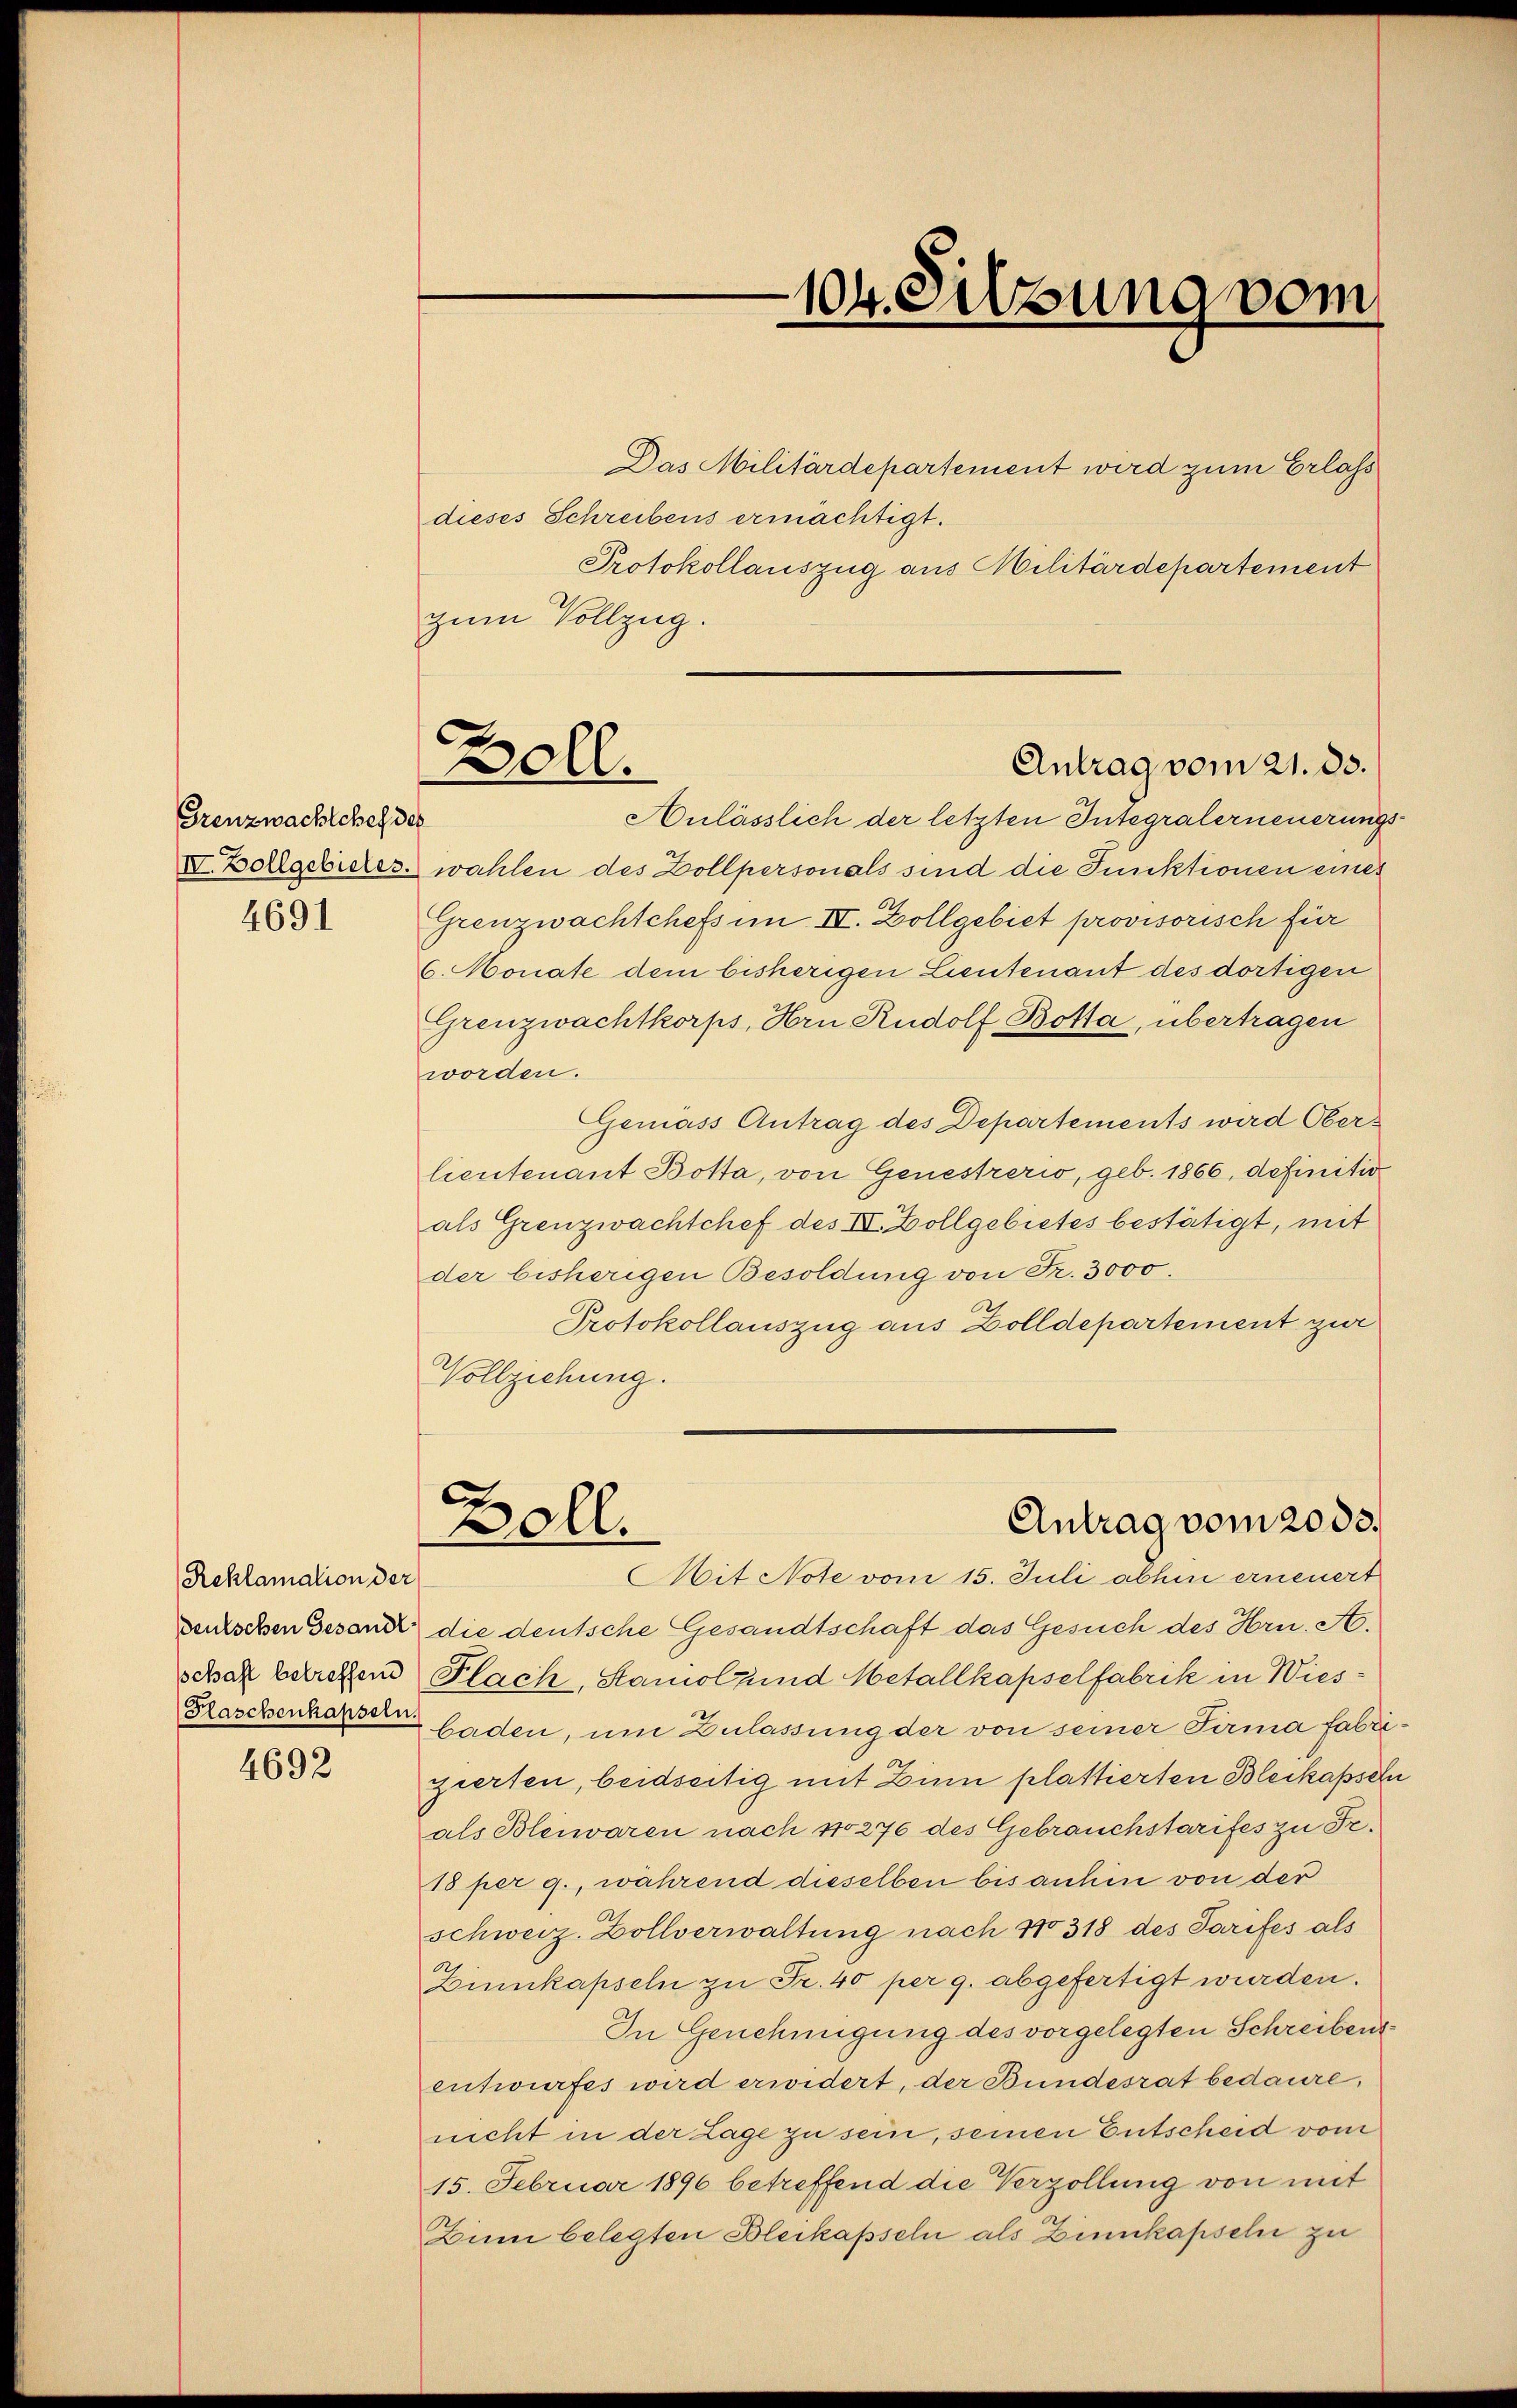
Grenzwachtchef des

4691

Reklamation der

4692

Das Militärdepartement wird zum Erlass
dieses Schreibens ermächtigt.
zum Vollzug.
Anlässlich der letzten Integralerneuerungs
IV. Zollgebieter wählen des Zollpersonals sind die Funktionen eines
Grenzwachtchefs im IV. Zollgebiet provisorisch für
6. Monate dem bisherigen Lieutenant des dortigen
Grenzwachtkorps, Hrn Rudolf Botta, übertragen
worden.
Geniess Antrag des Departements wird Oberlieutenant Botta, von Genestrerio, geb. 1866, definitiv
als Grenzwachtchef des IV. Zollgebietes bestätigt, mit
der bisherigen Besoldung von Fr. 3000.
Protokollauszug aus Zolldepartement zur
Vollziehung.

d
Goll.

104. Sitzung vom

Protokollauszug aus Militärdepartement

Antrag vom 21. ds.

.
Antrag vom 2003.
soll.

Mit Note vom 15. Juli abhin erneuert
senschen Gesand die deutsche Gesandtschaft das Gesuch des Hrn. A.
schak betreffend Flach, Staniol und Metallkapselfabrik in Wies¬
Kaschenkarten Gaden, um Zulassung der von seiner Firma fabrizierten, beidseitig mit Zinn plattierten Bleikapseln
als Bleiwaren nach 110276 des Gebrauchstarifes zu Fr.
18 per g., während dieselben bis anhin von der
schweiz. Zollverwaltung nach No 318 des Tarifes als
Zinnkapseln zu Fr. 40 per 9. abgefertigt wurden.
In Genehmigung des vorgelegten Schreibens
entwurfes wird erwidert, der Bundesrat bedaure,
nicht in der Lage zu sein, seinen Entscheid vom
15. Februar 1896 betreffend die Verzollung von mit
Zinn belegten Bleikapseln als Zinnkapseln zu